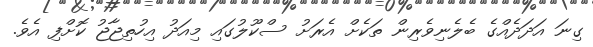
ގިނަ އަދަދެއްގެ ބެލެނިވެރިން ތަކެށް އެރަށު ސްކޫލުގައި މިއަދު އިހުތިޖާޖު ކޮށްފި އެވެ.